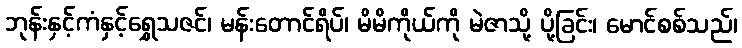
ဘုန်းနှင့်ကံနှင့်ရွှေသဇင်၊ မန်းတောင်ရိပ်၊ မိမိကိုယ်ကို မဲဇာသို့ ပို့ခြင်း၊ မောင်စစ်သည်၊